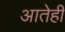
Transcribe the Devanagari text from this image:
आतेही